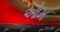
ઓમ